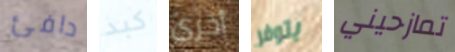
دافئ كبد أخرى يتوفر تمازحيني